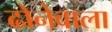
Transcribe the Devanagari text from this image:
ढोनेवाला